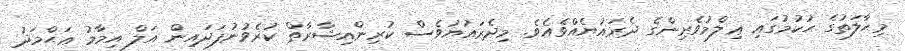
މިޙާލަތުގެ ޙުކުމުގައި ޢިލްމުވެރިންގެ ދެރައުޔެއްވެއެވެ. މިދެރައުޔުވެސް ކުރިންއިޝާރާތް ކުރެވުނުފަދައިން އަލް އިމާމު ޢަޙްމަދު